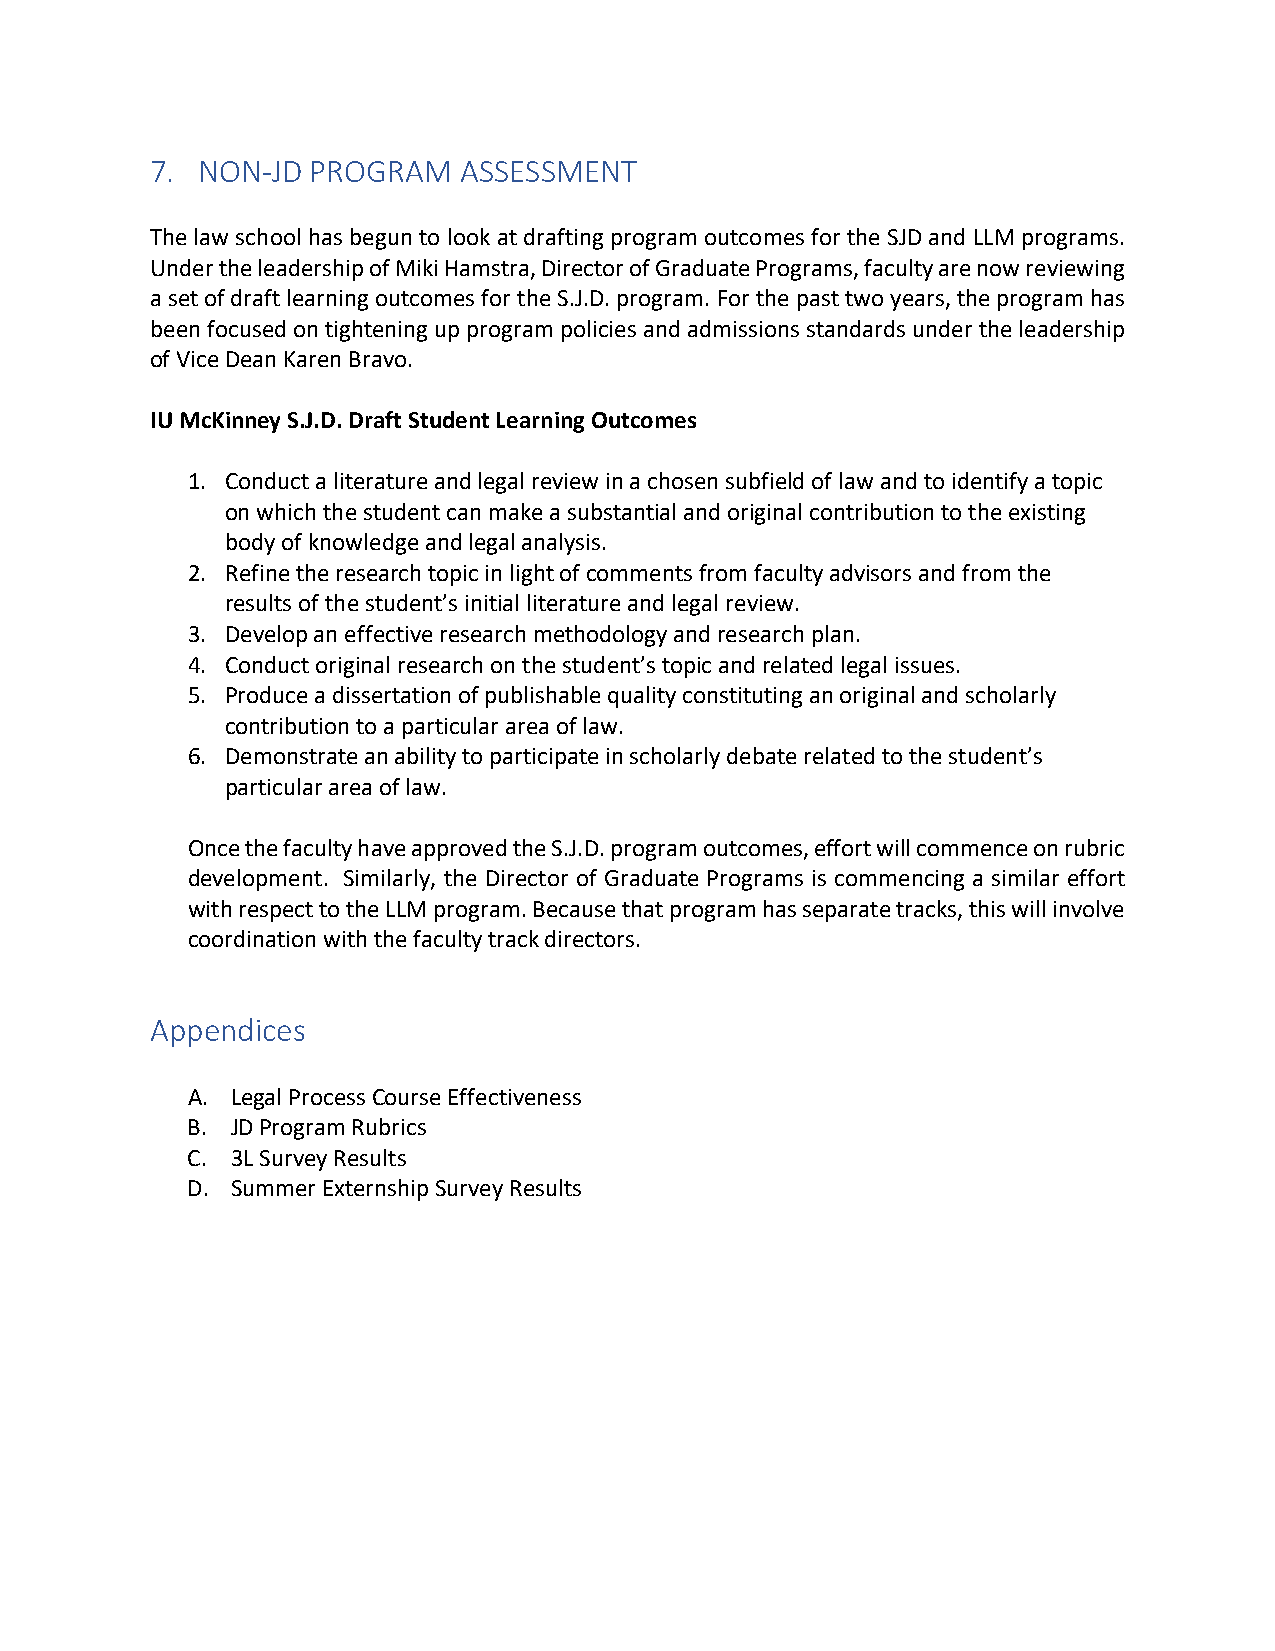
7. NON-JD  PROGRAM  ASSESSMENT
 The law school has begun to look at drafting program outcomes for the SJD and LLM programs.
 Under the leadership of Miki Hamstra, Director of Graduate Programs, faculty are now reviewing
 a set of draft learning outcomes for the S.J.D. program. For the past two years, the program has
 been focused on tightening up program policies and admissions standards under the leadership
 of Vice Dean Karen Bravo.
 IU McKinney S.J.D. Draft Student Learning Outcomes
 1. Conduct a literature and legal review in a chosen subfield of law and to identify a topic
 on which the student can make a substantial and original contribution to the existing
 body of knowledge and legal analysis.
 2. Refine the research topic in light of comments from faculty advisors and from the
 results of the student’s initial literature and legal review.
 3. Develop an effective research methodology and research plan.
 4. Conduct original research on the student’s topic and related legal issues.
 5. Produce a dissertation of publishable quality constituting an original and scholarly
 contribution to a particular area of law.
 6. Demonstrate an ability to participate in scholarly debate related to the student’s
 particular area of law.
 Once the faculty have approved the S.J.D. program outcomes, effort will commence on rubric
 development. Similarly, the Director of Graduate Programs is commencing a similar effort
 with respect to the LLM program. Because that program has separate tracks, this will involve
 coordination with the faculty track directors.
 Appendices
 A. Legal Process Course Effectiveness
 B. JD Program Rubrics
 C. 3L Survey Results
 D. Summer Externship Survey Results